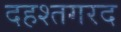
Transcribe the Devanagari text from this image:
दहश्तगरद